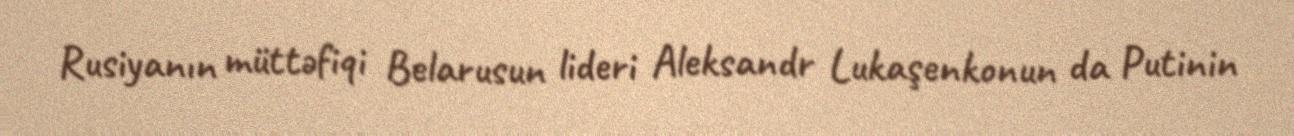
Rusiyanın müttəfiqi Belarusun lideri Aleksandr Lukaşenkonun da Putinin